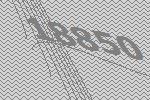
18850